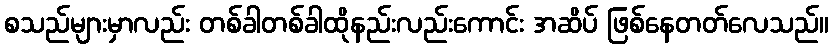
စသည်များမှာလည်း တစ်ခါတစ်ခါထိုနည်းလည်းကောင်း အဆိပ် ဖြစ်နေတတ်လေသည်။